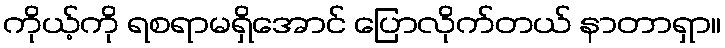
ကိုယ့်ကို ရစရာမရှိအောင် ပြောလိုက်တယ် နာတာရှာ။